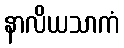
နာလိယသာကံ